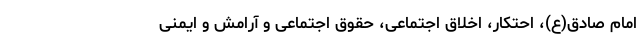
امام صادق(ع)، احتکار، اخلاق اجتماعی، حقوق اجتماعی و آرامش و ایمنی